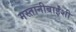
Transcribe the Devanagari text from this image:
मस्तानीबाईंशी